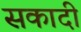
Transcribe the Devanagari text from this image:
सकादी